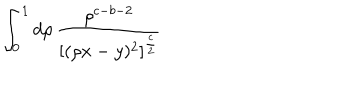
\int _ { 0 } ^ { 1 } d \rho \, \frac { \rho ^ { c - b - 2 } } { [ ( \rho x - y ) ^ { 2 } ] ^ { \frac { c } { 2 } } }